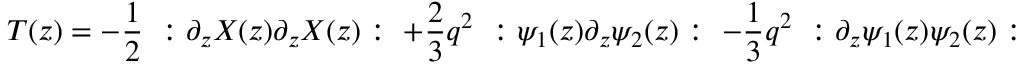
T ( z ) = - { \frac { 1 } { 2 } } ~ : \partial _ { z } X ( z ) \partial _ { z } X ( z ) : ~ + { \frac { 2 } { 3 } } q ^ { 2 } ~ : \psi _ { 1 } ( z ) \partial _ { z } \psi _ { 2 } ( z ) : ~ - { \frac { 1 } { 3 } } q ^ { 2 } ~ : \partial _ { z } \psi _ { 1 } ( z ) \psi _ { 2 } ( z ) :